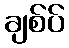
ချစ်ပ်